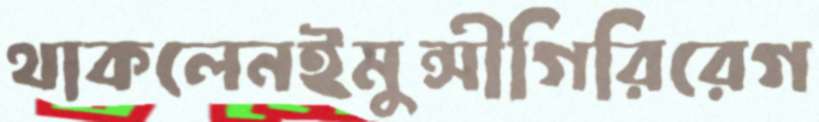
থাকলেনইমুন্সীগিরিরেগ